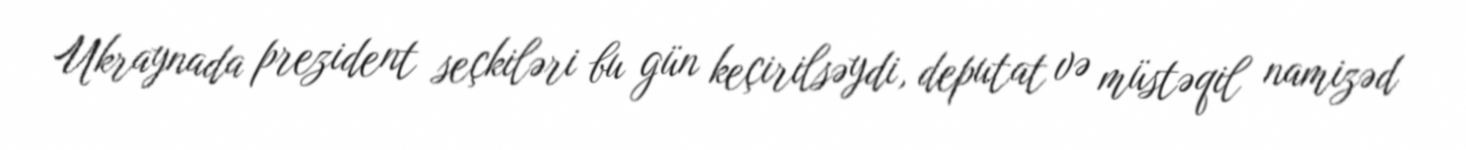
Ukraynada prezident seçkiləri bu gün keçirilsəydi, deputat və müstəqil namizəd